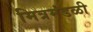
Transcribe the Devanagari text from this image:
मित्रमंडळी